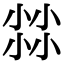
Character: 𡮐